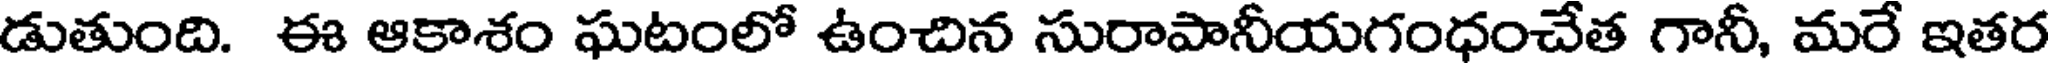
డుతుంది. ఈ ఆకాశం ఘటంలో ఉంచిన సురాపానీయగంధంచేత గానీ, మరే ఇతర